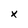
Character: x